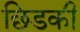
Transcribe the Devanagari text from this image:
छिडकी